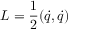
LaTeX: L = \frac { 1 } { 2 } ( \dot { q } , \dot { q } )